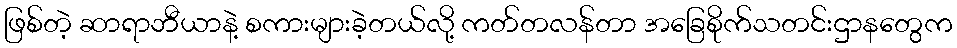
ဖြစ်တဲ့ ဆာရာဘီယာနဲ့ စကားများခဲ့တယ်လို့ ကတ်တလန်တာ အခြေစိုက်သတင်းဌာနတွေက